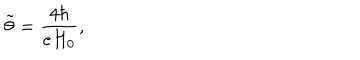
{ \tilde { \theta } } = \frac { 4 \hbar } { e H _ { 0 } } ,